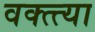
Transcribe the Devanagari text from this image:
वक्त्त्या